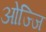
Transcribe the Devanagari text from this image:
ओज्जि